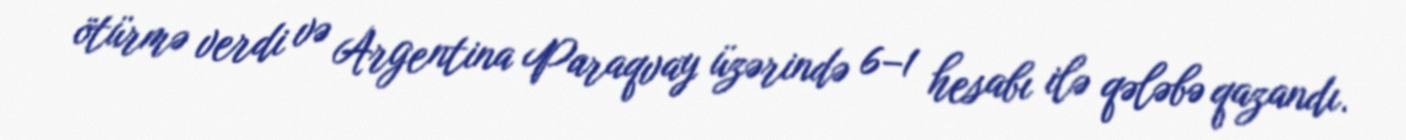
ötürmə verdi və Argentina Paraqvay üzərində 6–1 hesabı ilə qələbə qazandı.